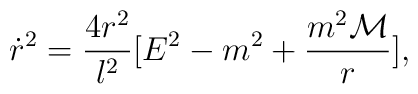
\dot{r}^2=\frac{4r^2}{l^2}[E^2-m^2+\frac{m^2{\cal M}}{r}],